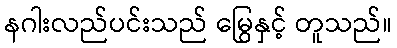
နဂါးလည်ပင်းသည် မြွေနှင့် တူသည်။